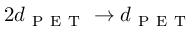
2 d _ { \mathrm { ~ P ~ E ~ T ~ } } \rightarrow d _ { \mathrm { ~ P ~ E ~ T ~ } }